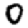
Digit: 0